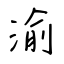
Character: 渝